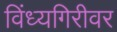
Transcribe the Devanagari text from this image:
विंध्यगिरीवर